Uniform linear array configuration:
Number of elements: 32
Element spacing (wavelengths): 1
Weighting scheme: hann
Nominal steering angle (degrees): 45
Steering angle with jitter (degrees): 43.548
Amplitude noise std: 0.05
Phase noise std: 0.05

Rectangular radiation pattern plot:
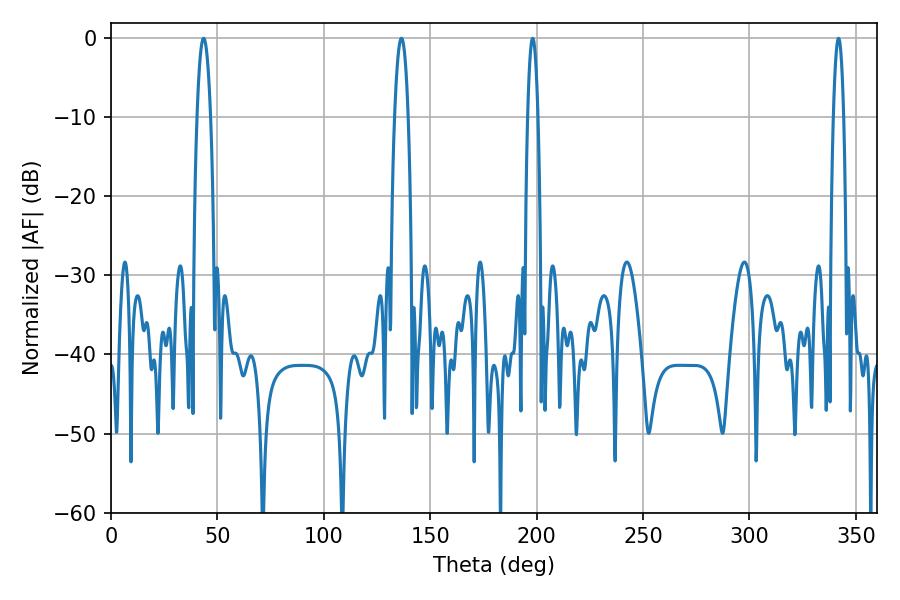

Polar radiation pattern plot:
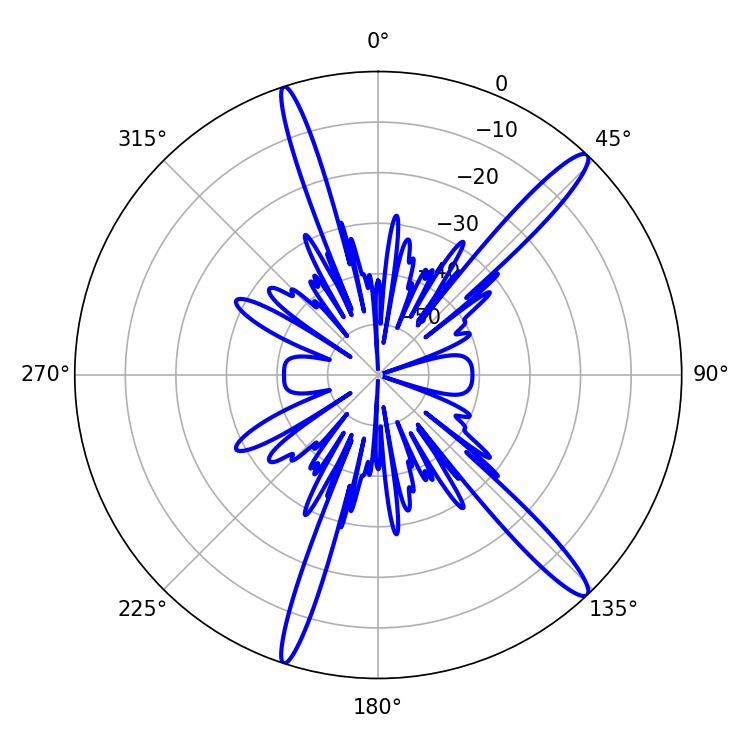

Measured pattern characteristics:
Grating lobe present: TRUE
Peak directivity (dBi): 15.23
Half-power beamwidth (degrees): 3.6
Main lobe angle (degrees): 136.44